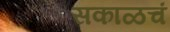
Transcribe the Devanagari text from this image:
सकाळचं